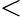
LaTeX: \textless